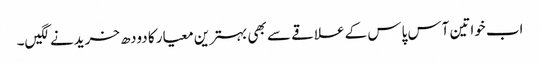
اب خواتین آس پاس کے علاقے سے بھی بہترین معیار کا دودھ خریدنے لگیں۔